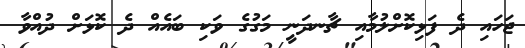
ޖަހައި ދެ ފަޅިކޮށްލުމާއި ޗާނދަނީ މަގުގެ ވަކި ބައެއް ދެ ކޮޅަށް ދުއްވާ